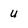
Character: u